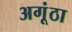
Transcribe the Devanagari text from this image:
अगूंठा